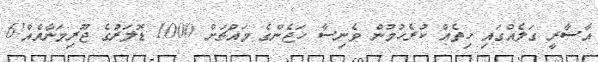
އާސާރީ ގަލެއްގައި ހިތެއް ކުރެހުމުން ވެނިސާ ހަޖެންގެ މައްޗަށް 1000 ޑޮލަރުގެ ޖޫރިމަނާއެއް!6